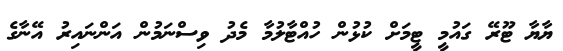
ޔާޔާ ޓޫރޭ ގައުމީ ޓީމަށް ކުޅުން ހުއްޓާލުމާ މެދު ވިސްނަމުން އަންނައިރު އޭނާގެ